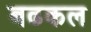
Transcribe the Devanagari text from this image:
बढकल